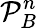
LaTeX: \mathcal P_{B}^{n}